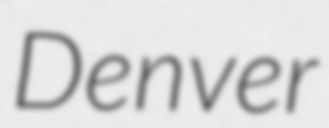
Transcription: Denver